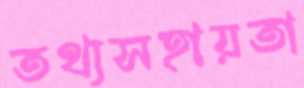
তথ্যসহায়তা